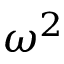
\omega ^ { 2 }